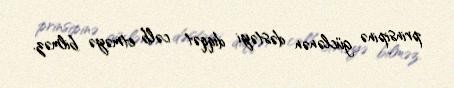
prinsipinə güclənən dəstəyi diqqət cəlb etməyə bilməz.